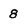
Character: 8